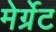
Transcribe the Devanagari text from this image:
मेर्ग्रेट